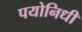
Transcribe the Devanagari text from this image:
पयोनिधी